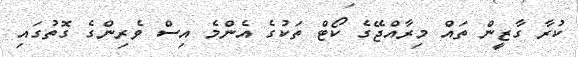
ކުރާ ގާޒީން ތައް މިރާއްޖޭގެ ކޯޓް ތަކުގެ އެންމެ އިސް ވެރިންގެ ގޮތުގައި